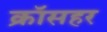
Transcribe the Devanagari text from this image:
क्रॉसहर